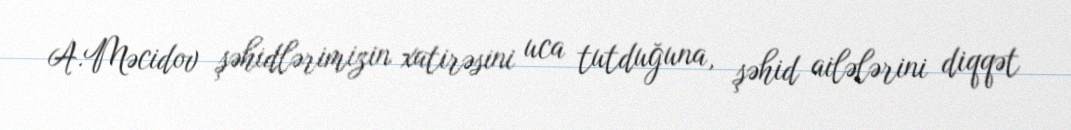
A.Məcidov şəhidlərimizin xatirəsini uca tutduğuna, şəhid ailələrini diqqət